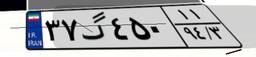
۳۷گ۴۵۰۱۱